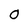
Character: 0